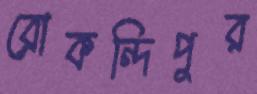
রোকন্দিপুর